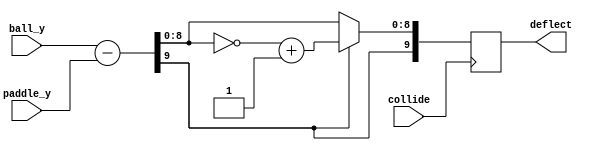
module deflector(collide, ball_y, paddle_y, deflect);
	input collide;
	input [9:0] ball_y;
	input [9:0] paddle_y;
	output reg[9:0] deflect;
	
	always @(posedge collide) begin
		deflect = ball_y - paddle_y;
		if (deflect[9]) 
			deflect[8:0] = ~deflect[8:0] + 1;
	end
endmodule